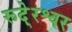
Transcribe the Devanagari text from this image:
रूदे्रश्वर